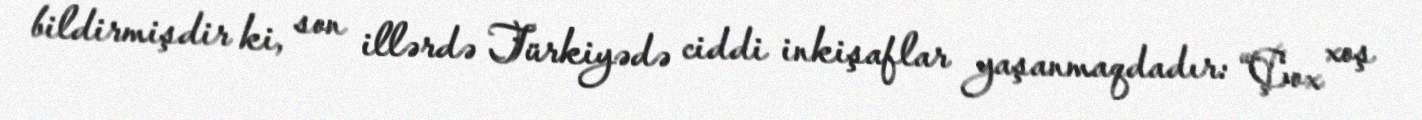
bildirmişdir ki, son illərdə Türkiyədə ciddi inkişaflar yaşanmaqdadır: “Çox xoş